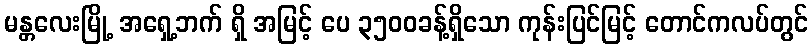
မန္တလေးမြို့ အရှေ့ဘက် ရှိ အမြင့် ပေ ၃၅၀၀ခန့်ရှိသော ကုန်းပြင်မြင့် တောင်ကလပ်တွင်